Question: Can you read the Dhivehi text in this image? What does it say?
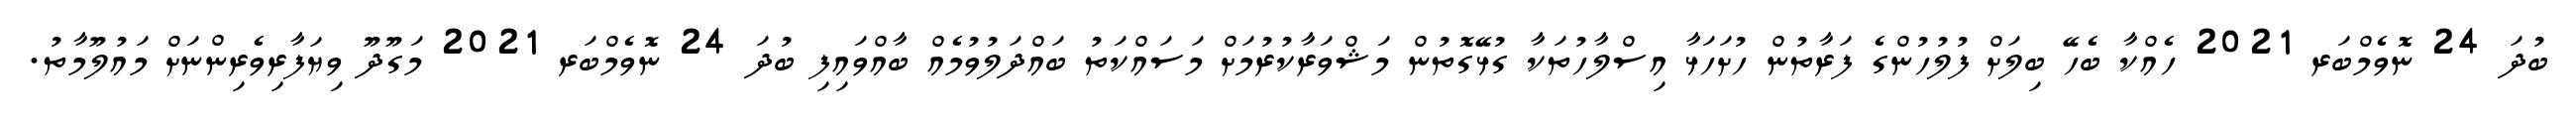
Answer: ބުދަ 24 ނޮވެމްބަރ 2021 ހެއްކާ ބެހޭ ބިލަށް ފުލުހުންގެ ފަރާތުން ހުށަހަޅާ އިސްލާހުތަކާ ގުޅޭގޮތުން މަޝްވަރާކުރުމަށް މަސައްކަތު ބައްދަލުވުމެއް ބާއްވައިފި ބުދަ 24 ނޮވެމްބަރ 2021 މަގޫދޫ ވިޔަފާރިވެރިންނަށް މައުލޫމާތު.